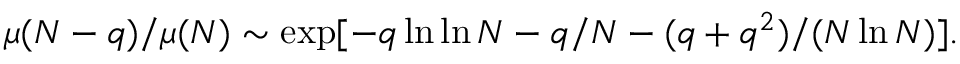
\mu ( N - q ) / \mu ( N ) \sim \exp [ - q \ln \ln N - q / N - ( q + q ^ { 2 } ) / ( N \ln N ) ] .